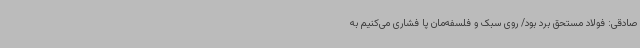
صادقی: فولاد مستحق برد بود/ روی سبک و فلسفه‌مان پا فشاری می‌کنیم به